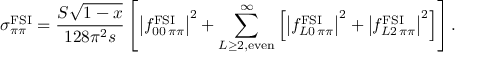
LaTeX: \sigma _ { \pi \pi } ^ { \mathrm { F S I } } = \frac { { \cal S } \sqrt { 1 - x } } { 1 2 8 \pi ^ { 2 } s } \left[ \left| f _ { 0 0 \, \pi \pi } ^ { \mathrm { F S I } } \right| ^ { 2 } + \sum _ { L \geq 2 , \mathrm { e v e n } } ^ { \infty } \left[ \left| f _ { L 0 \, \pi \pi } ^ { \mathrm { F S I } } \right| ^ { 2 } + \left| f _ { L 2 \, \pi \pi } ^ { \mathrm { F S I } } \right| ^ { 2 } \right] \right] .